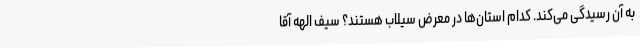
به آن رسیدگی می‌کند. کدام استان‌ها در معرض سیلاب هستند؟ سیف الهه آقا